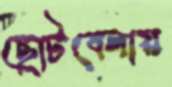
ছোটবেলায়